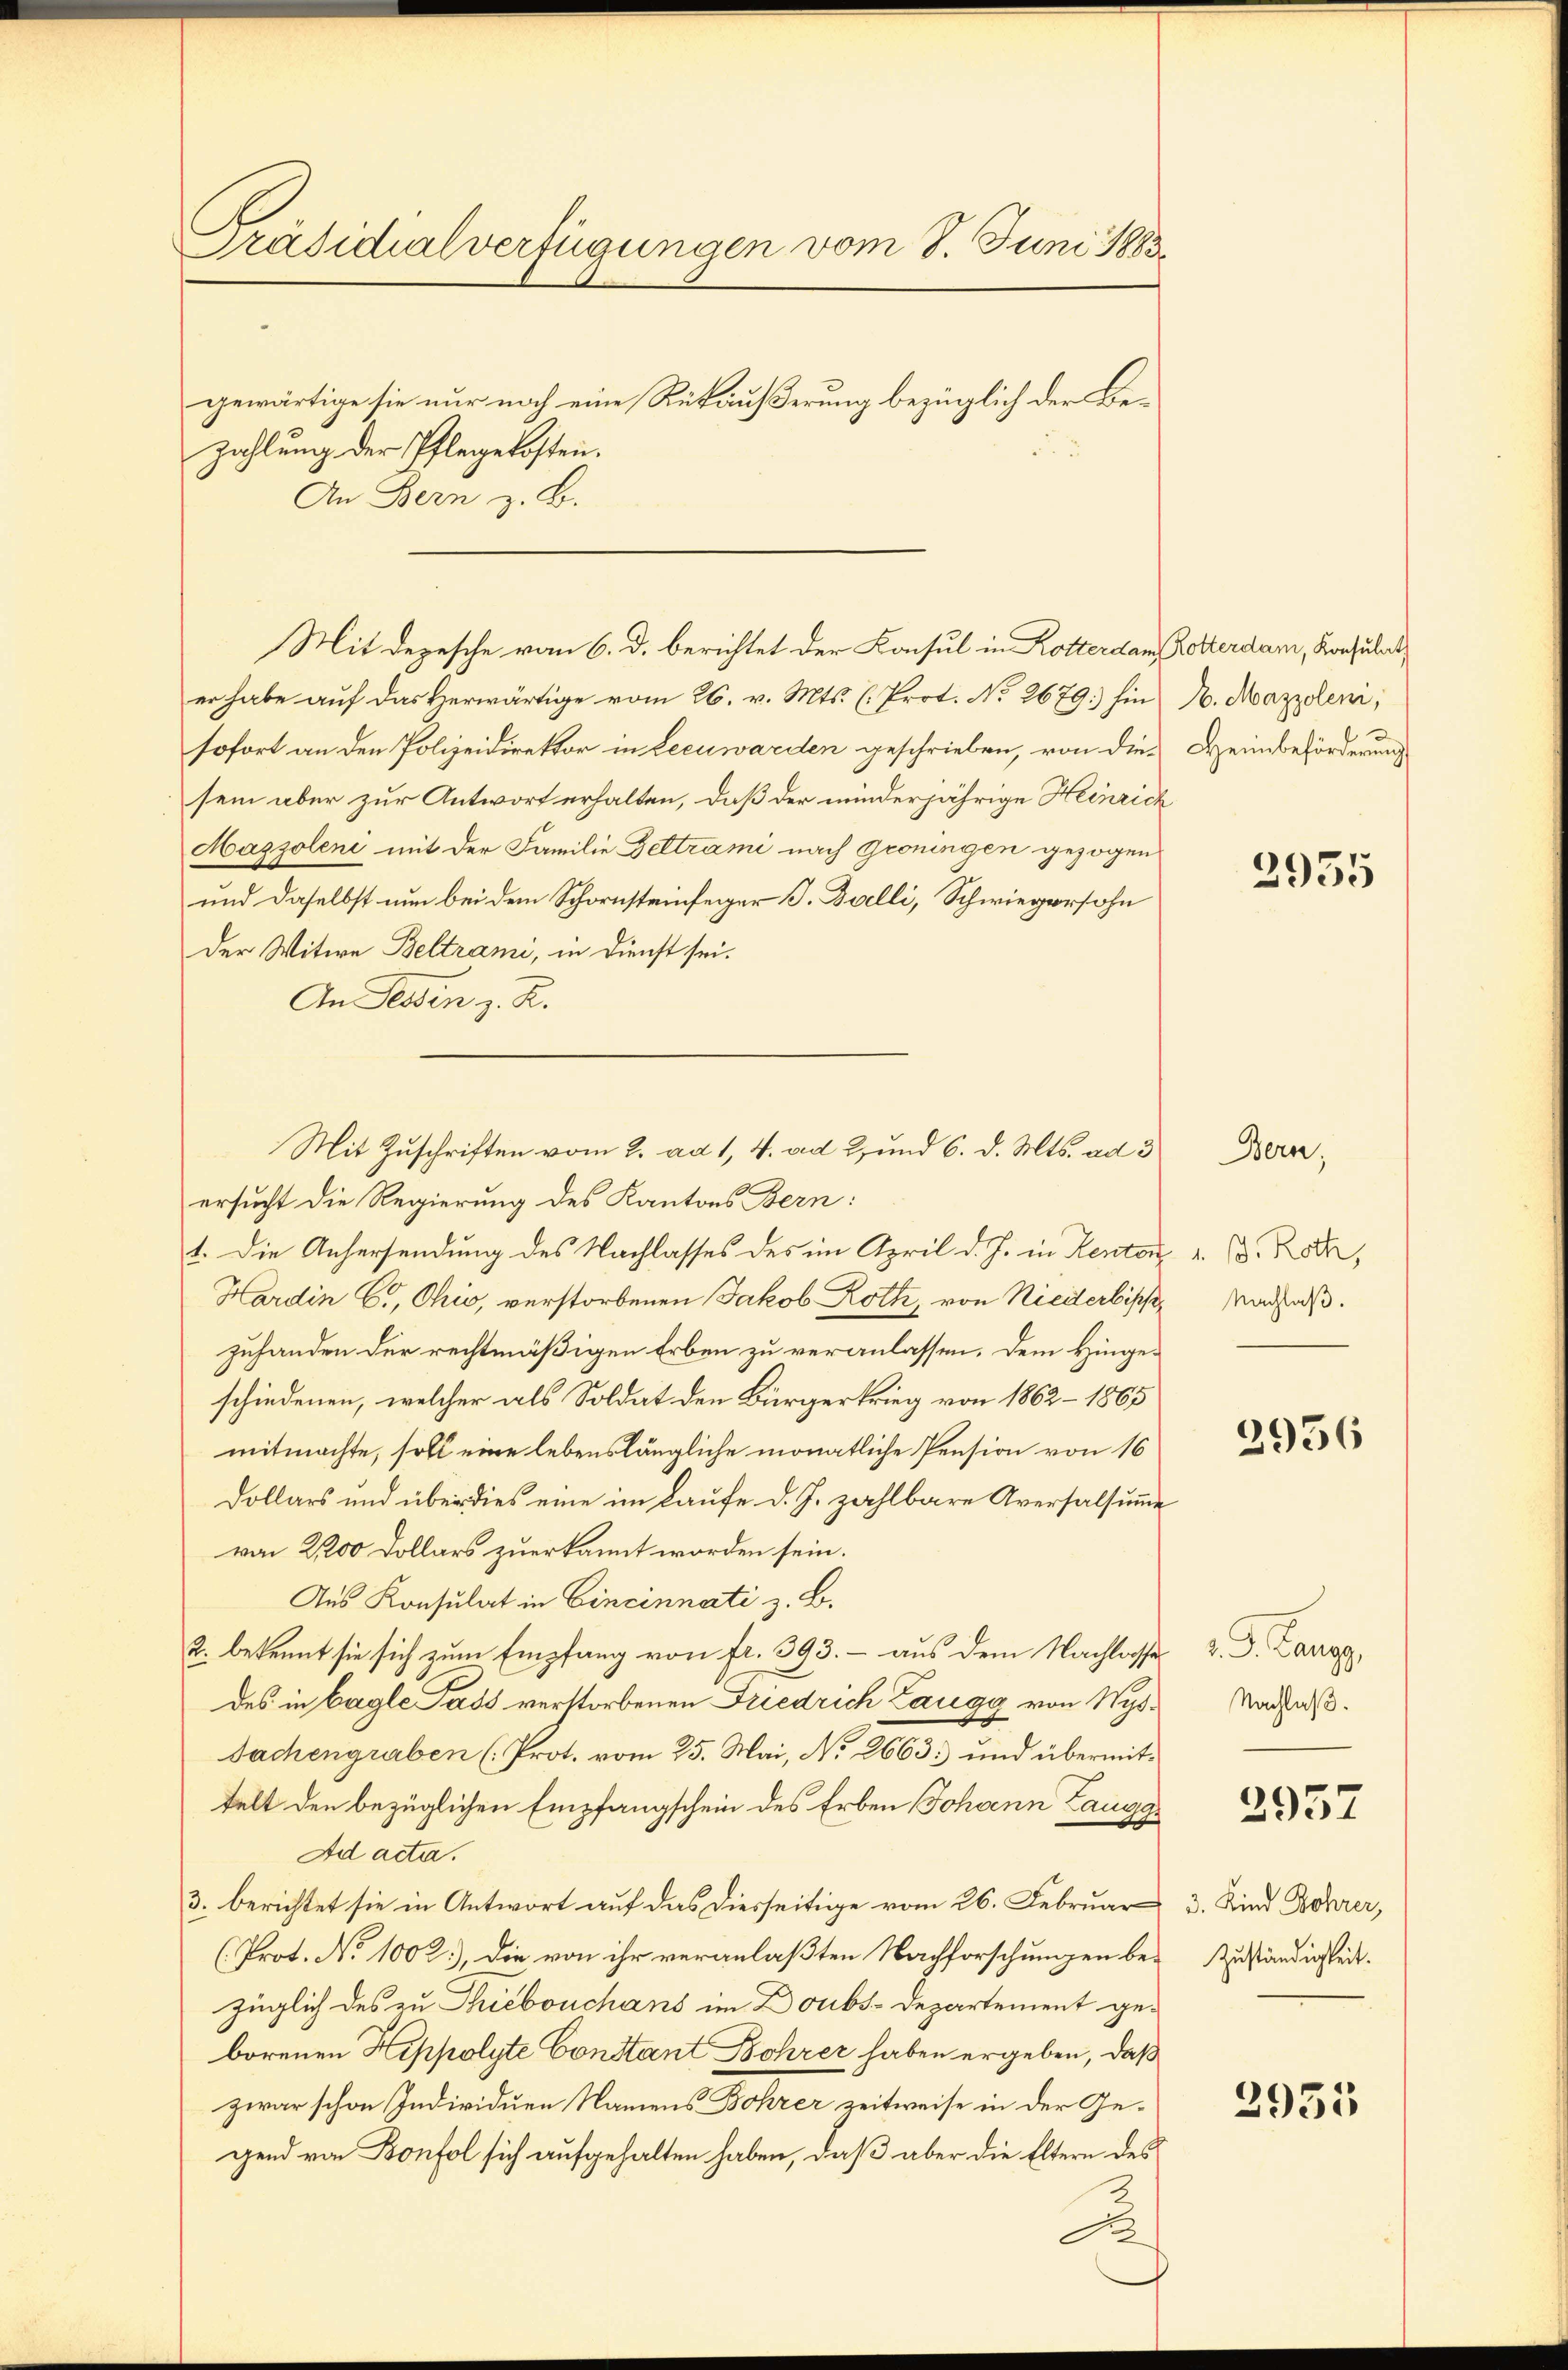
Präsidialverfügungen vom 8. Juni 1883
gewärtige sie nur noch eine Rükäußerung bezüglich der Bezahlung der Pflegekosten.
An Bern z. B.

er habe auf das Herwärtige vom 26. v. Mts. (. Prot. No 2679: hin 1. Mazzoleni,
sofort an den Polizeidirektor in Lecuwarden geschrieben, von die Heinbeförderung
sein aber zur Antwort erhalten, daß der minderjährige Heinrich
Mazzoleni mit der Familie Geltrami nach Groningen gezogen
und daselbst nun bei dem Schornsteinfeger J. Balli, Schwiegersohn
Der Witwe Beltrami, in Dienst sei.
An Tessin z. R.
ersucht die Regierung des Kantons Bern:
1. Die Anhersendung des Nachlasses des im April d. J. in Rentar u. d. 5,
Hardin C., Ohio, verstorbenen Jakob Roth, von Niederbisch
zuhanden der rechtmäßigen Erben zu veranlassen. Dem Hingeschiedenen, welcher als Soldat den Bürgerkrieg von 1862 – 1865
mitmachte, soll eine lebenslängliche monatliche Pension von 16
Dollars und über dies eine im Laufe d. J. zahlbare Aversalsung
von 2,200 Dollars zuerkannt worden sein.
Aus Konsulat in Cincinnati z. B.
2. bekannt sie sich zum Empfang von fr. 393. - aus dem Nachlasse v. J. Laro
des in begle Pass verstorbenen Friedrich Zaugg von Wysbe |
Sachengraben (Prot. vom 25. Mai, No 2663 und übermittelt den bezüglichen Empfangschein des Erben Johann Langg
Ad acta.
3. berichtet sie in Antwort auf das diesseitige vom 26. Februar
(Prot. No 1002.), die von ihr veranlaßten Nachforschungen bezüglich des zu Thiebouchans im Doubs-Departement geborenen Hippolyte Constant Bohrer haben ergeben, daß
zwar schon Individuen Namens Bohrer zeitweise in der Gegend von Bonfol sich aufgehalten haben, daß aber die Eltern des
D

Mit Depesche vom 6. d. berichtet der Konsul in Kotterdam Rotterdam, Konsulat

Mit Zuschriften vom 2. ad 1, 4. ad 2, und 6. d. Mts. ad 3

2955

Bern,

Nachlaß.

2956

Nachlaß.

2957

3. Kind Bohrer,
Zuständigkeit.

2935